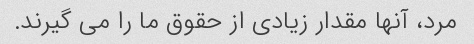
مرد، آنها مقدار زیادی از حقوق ما را می گیرند.